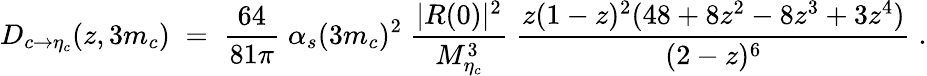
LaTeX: {D_{c\rightarrow\eta_{c}}(z,3m_{c})\; =\; {\frac{64}{81\pi}}\; \alpha_{s}(3m_{c})^{2}\; {\frac{|R(0)|^{2}}{M_{\eta_{c}}^{3}}}\; {\frac{z(1-z)^{2}(48+8z^{2}-8z^{3}+3z^{4})}{(2-z)^{6}}}\; .}